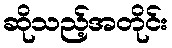
ဆိုသည့်အတိုင်း